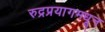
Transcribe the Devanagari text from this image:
रुद्रप्रयागमधून